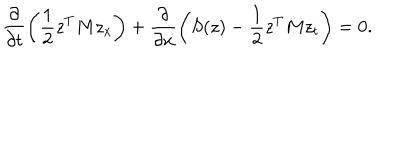
LaTeX: \frac { \partial } { \partial t } \left( \frac { 1 } { 2 } z ^ { T } M z _ { x } \right) + \frac { \partial } { \partial x } \left( S ( z ) - \frac { 1 } { 2 } z ^ { T } M z _ { t } \right) = 0 .